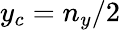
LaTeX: y_{c}=n_{y}/2